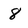
Character: 8